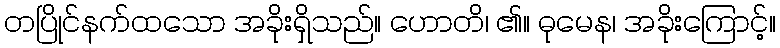
တပြိုင်နက်ထသော အခိုးရှိသည်။ ဟောတိ၊ ၏။ ဓုမေန၊ အခိုးကြောင့်။